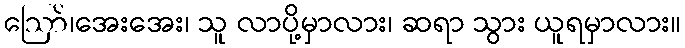
ဪ၊အေးအေး၊ သူ လာပို့မှာလား၊ ဆရာ သွား ယူရမှာလား။